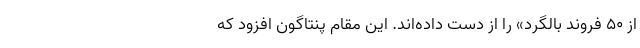
از ۵۰ فروند بالگرد» را از دست داده‌اند. این مقام پنتاگون افزود که